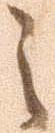
之